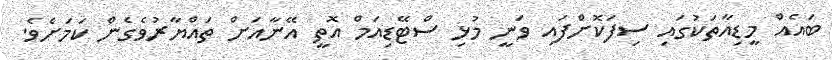
ބައެއް މީޑިއާތަކުގައި ސިފަކޮށްފައި ވަނީ މުޅި ސްޓޭޑިއަމް އޮތީ އޭނާއަށް ތައްޔާރުވެެެގެން ކަމަށެވެ.